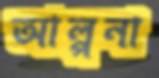
আল্পনা